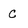
Character: C